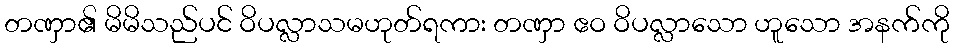
တဏှာ၏ မိမိသည်ပင် ဝိပလ္လာသမဟုတ်ရကား တဏှာ ဧဝ ဝိပလ္လာသော ဟူသော အနက်ကို